Annual administration and progress report of the Indian Medical Department, Bombay
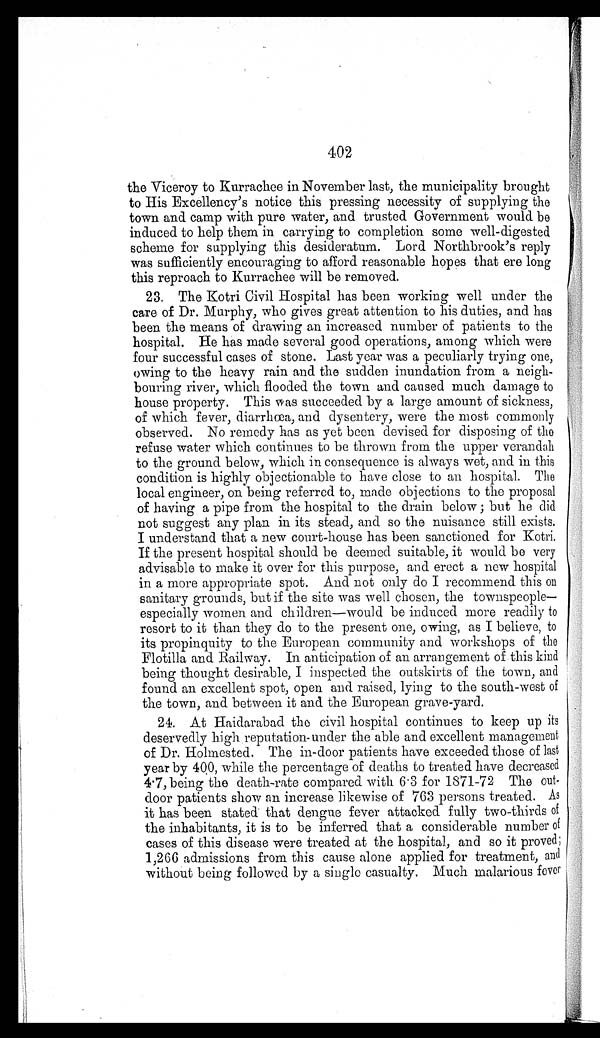
402
the Viceroy to Kurrachee in November last, the municipality brought
to His Excellency's notice this pressing necessity of supplying the
town and camp with pure water, and trusted Government would be
induced to help them in carrying to completion some well-digested
scheme for supplying this desideratum. Lord Northbrook's reply
was sufficiently encouraging to afford reasonable hopes that ere long
this reproach to Kurrachee will be removed.
23. The Kotri Civil Hospital has been working well under the
care of Dr. Murphy, who gives great attention to his duties, and has
been the means of drawing an increased number of patients to the
hospital. He has made several good operations, among which were
four successful cases of stone. Last year was a peculiarly trying one,
owing to the heavy rain and the sudden inundation from a neigh
-bouring river, which flooded the town and caused much damage to
house property. This was succeeded by a large amount of sickness,
of which fever, diarrhœa, and dysentery, were the most commonly
observed. No remedy has as yet been devised for disposing of the
refuse water which continues to be thrown from the upper verandah
to the ground below, which in consequence is always wet, and in this
condition is highly objectionable to have close to an hospital. The
local engineer, on being referred to, made objections to the proposal
of having a pipe from the hospital to the drain below; but he did
not suggest any plan in its stead, and so the nuisance still exists.
I understand that a new court-house has been sanctioned for Kotri.
If the present hospital should be deemed suitable, it would be very
advisable to make it over for this purpose, and erect a new hospital
in a more appropriate spot. And not only do I recommend this on
sanitary grounds, but if the site was well chosen, the townspeople
—especially women and children—would be induced more readily to
resort to it than they do to the present one, owing, as I believe, to
its propinquity to the European community and workshops of the
Flotilla and Railway. In anticipation of an arrangement of this kind
being thought desirable, I inspected the outskirts of the town, and
found an excellent spot, open and raised, lying to the south-west of
the town, and between it and the European grave-yard.
24. At Haidarabad the civil hospital continues to keep up its
deservedly high reputation-under the able and excellent management
of Dr. Holmested. The in-door patients have exceeded those of last
year by 400, while the percentage of deaths to treated have decreased
4.7, being the death-rate compared with 6.3 for 1871-72 The out
- d o o r p a t i e n t s s h o w a n i n c r e a s e l i k e w i s e o f 7 6 3 p e r s o n s t r e a t e d . A s
it has been stated that dengue fever attacked fully two-thirds of
the inhabitants, it is to be inferred that a considerable number o
f cases of this disease were treated at the hospital, and so it proved
; 1 , 2 6 6 a d m i s s i o n s f r o m t h i s c a u s e a l o n e a p p l i e d f o r t r e a t m e n t , a n d
without being followed by a single casualty. Much malarious fever